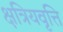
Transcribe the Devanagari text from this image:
क्षत्रियवृत्ति